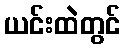
ယင်းထဲတွင်